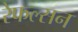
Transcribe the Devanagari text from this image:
रेफल्सन